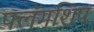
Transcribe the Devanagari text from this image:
फ्लॅगशिप